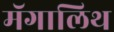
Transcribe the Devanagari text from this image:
मॅगालिथ